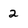
Character: 2